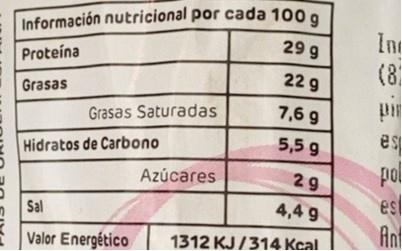
Información nutricional por cada 100 g 29 g
Inc (8
Proteína
22 g
Grasas
Grasas Saturadas
7,6 g
5,5 9
es
Hidratos de Carbono
pol es Ant
Azúcares
29
Sal
4,4 9
Valor Energético
1312 KJ/314 Kcal